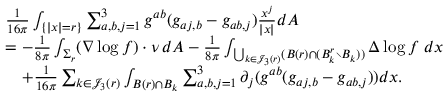
\begin{array} { r l } & { \frac { 1 } { 1 6 \pi } \int _ { \{ | x | = r \} } \sum _ { a , b , j = 1 } ^ { 3 } { g } ^ { a b } ( { g } _ { a j , b } - { g } _ { a b , j } ) \frac { x ^ { j } } { | x | } d A } \\ & { = - \frac { 1 } { 8 \pi } \int _ { \Sigma _ { r } } ( \nabla \log f ) \cdot \nu \, d A - \frac { 1 } { 8 \pi } \int _ { \bigcup _ { k \in \mathscr J _ { 3 } ( r ) } ( B ( r ) \cap ( B _ { k } ^ { r } \setminus B _ { k } ) ) } \Delta \log f \; d x } \\ & { \quad + \frac 1 { 1 6 \pi } \sum _ { k \in \mathscr J _ { 3 } ( r ) } \int _ { B ( r ) \cap B _ { k } } \sum _ { a , b , j = 1 } ^ { 3 } \partial _ { j } ( { g } ^ { a b } ( { g } _ { a j , b } - { g } _ { a b , j } ) ) d x . } \end{array}